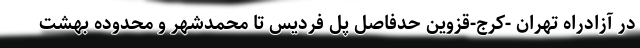
در آزادراه تهران -کرج-قزوین حدفاصل پل فردیس تا محمدشهر و محدوده بهشت